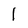
Character: l